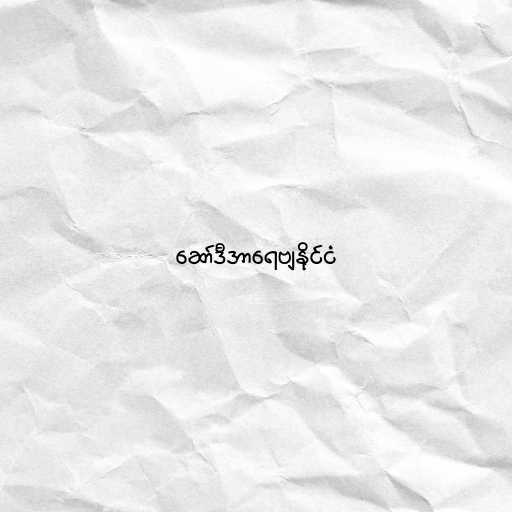
ဆော်ဒီအာရေဗျနိုင်ငံ